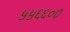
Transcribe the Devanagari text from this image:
५५६६०७